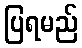
ပြရမည်